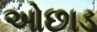
ઓછાડ